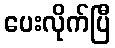
ပေးလိုက်ပြီ